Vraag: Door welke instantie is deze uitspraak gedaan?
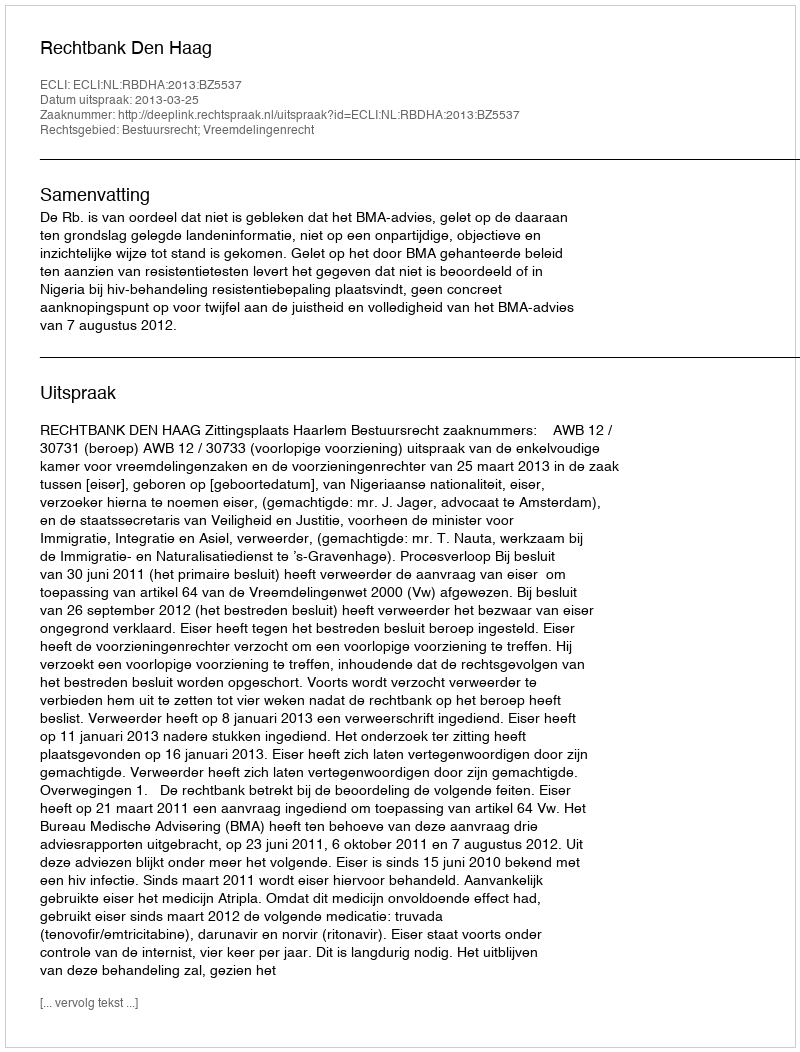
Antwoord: Rechtbank Den Haag